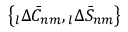
\left\{ \phantom { } _ { l } \Delta \bar { C } _ { n m } , \phantom { } _ { l } \Delta \bar { S } _ { n m } \right\}